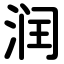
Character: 润